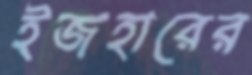
ইজহারের